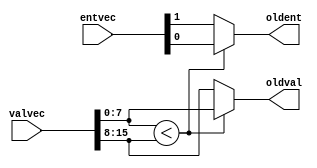
module oldest_finder2 #(
			parameter ENTLEN = 1,
			parameter VALLEN = 8
			)
  (
   input wire [2*ENTLEN-1:0] entvec,
   input wire [2*VALLEN-1:0] valvec,
   output wire [ENTLEN-1:0]  oldent,
   output wire [VALLEN-1:0]  oldval
   );
   wire [ENTLEN-1:0] 	     ent1 = entvec[0+:ENTLEN];
   wire [ENTLEN-1:0] 	     ent2 = entvec[ENTLEN+:ENTLEN];
   wire [VALLEN-1:0] 	     val1 = valvec[0+:VALLEN];
   wire [VALLEN-1:0] 	     val2 = valvec[VALLEN+:VALLEN];
   assign oldent = (val1 < val2) ? ent1 : ent2;
   assign oldval = (val1 < val2) ? val1 : val2;
endmodule